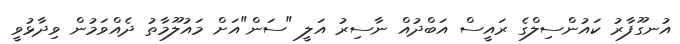
އުނގޫފާރު ކައުންސިލްގެ ރައީސް އަބްދުއް ނާސިރު އަލީ "ސަން"އަށް މައުލޫމާތު ދެއްވަމުން ވިދާޅުވީ